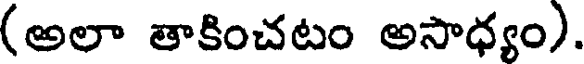
(అలా తాకించటం అసాధ్యం).